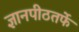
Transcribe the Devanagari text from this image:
ज्ञानपीठतर्फे